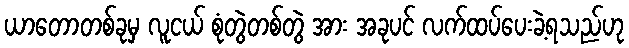
ယာတောတစ်ခုမှ လူငယ် စုံတွဲတစ်တွဲ အား အခုပင် လက်ထပ်ပေးခဲ့ရသည်ဟု